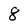
Character: 8